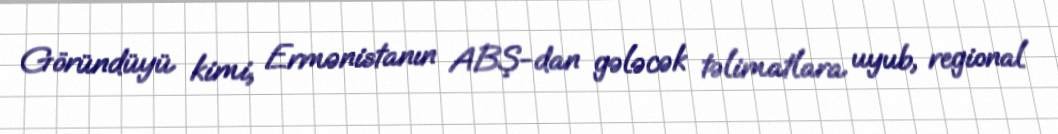
Göründüyü kimi, Ermənistanın ABŞ-dan gələcək təlimatlara uyub, regional